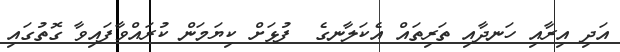
އަދި އިރާއި ހަނދާއި ތަރިތައް އެކަލާނގެ  ފުޅަށް ކިޔަމަން ކުރައްވާފައިވާ ގޮތުގައި